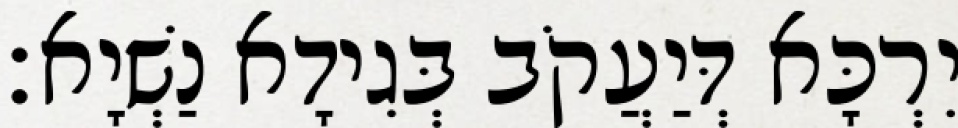
יִרְכָּא דְּיַעֲקֹב בְּגִידָא נַשְׁיָא׃